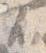
不